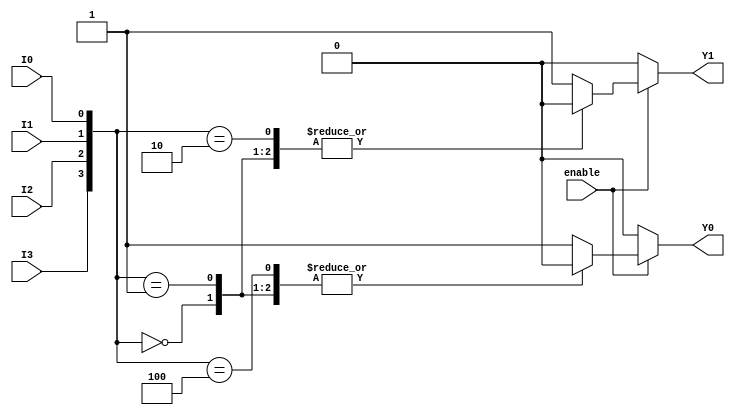
module encoder_4to2 (
    input wire I0,    // Input 0
    input wire I1,    // Input 1
    input wire I2,    // Input 2
    input wire I3,    // Input 3
    input wire enable, // Enable signal
    output reg Y0,    // Output 0
    output reg Y1     // Output 1
);

always @(*) begin
    if (!enable) begin
        // If enable is low, set outputs to 00 (or high-impedance if needed)
        Y0 = 1'b0;
        Y1 = 1'b0;
    end else begin
        // Priority encoding
        case ({I3, I2, I1, I0})
            4'b0000: begin
                Y0 = 1'b0;
                Y1 = 1'b0; // No active input
            end
            4'b0001: begin
                Y0 = 1'b0;
                Y1 = 1'b0; // Output: 00
            end
            4'b0010: begin
                Y0 = 1'b1;
                Y1 = 1'b0; // Output: 01
            end
            4'b0100: begin
                Y0 = 1'b0;
                Y1 = 1'b1; // Output: 10
            end
            4'b1000: begin
                Y0 = 1'b1;
                Y1 = 1'b1; // Output: 11
            end
            default: begin
                Y0 = 1'b1;
                Y1 = 1'b1; // For all other cases, prioritize highest input
            end
        endcase
    end
end

endmodule